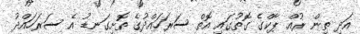
އަދި ތިން ރުއް ޕާކްގެ ގޮތުގައި އޮތް ސަރަހައްދުގެ ތޮށިގަނޑު އެ ސަރަހައްދު